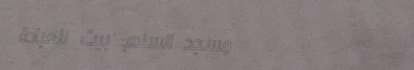
مسجد السلام: بيت للعبادة